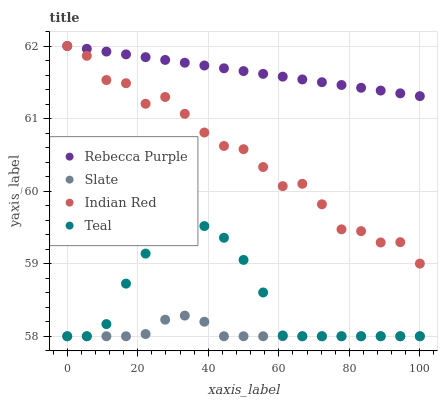
| xaxis_label | Rebecca Purple | Slate | Indian Red | Teal |
 | --- | --- | --- | --- | --- |
 | 0 | 62 | 58 | 62 | 58 |
 | 5.56 | 62 | 58 | 61.9 | 58 |
 | 11.1 | 61.9 | 58 | 61.5 | 58.2 |
 | 16.7 | 61.9 | 58 | 61.5 | 58.7 |
 | 22.2 | 61.8 | 58 | 61.2 | 59.1 |
 | 27.8 | 61.8 | 58.2 | 61.3 | 59.4 |
 | 33.3 | 61.8 | 58.3 | 61.1 | 59.5 |
 | 38.9 | 61.7 | 58.2 | 60.8 | 59.5 |
 | 44.4 | 61.7 | 58 | 60.6 | 59.4 |
 | 50 | 61.7 | 58 | 60.6 | 59.1 |
 | 55.6 | 61.6 | 58 | 60.3 | 58.6 |
 | 61.1 | 61.6 | 58 | 60.1 | 58 |
 | 66.7 | 61.5 | 58 | 60.1 | 58 |
 | 72.2 | 61.5 | 58 | 59.8 | 58 |
 | 77.8 | 61.5 | 58 | 59.5 | 58 |
 | 83.3 | 61.4 | 58 | 59.4 | 58 |
 | 88.9 | 61.4 | 58 | 59.3 | 58 |
 | 94.4 | 61.3 | 58 | 59.3 | 58 |
 | 100 | 61.3 | 58 | 59 | 58 |